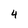
Character: 4